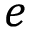
e